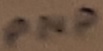
Text: PNP